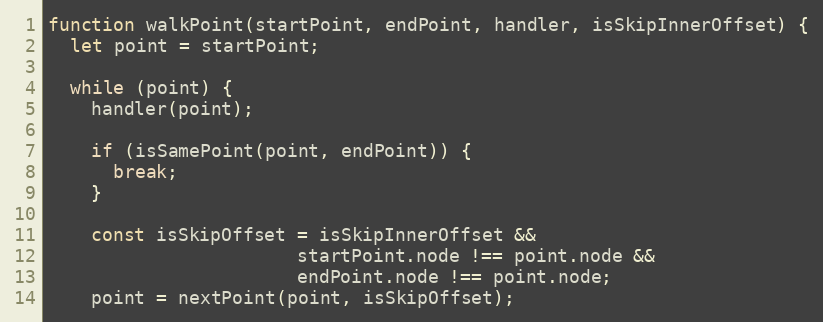
Language: JavaScript
function walkPoint(startPoint, endPoint, handler, isSkipInnerOffset) {
  let point = startPoint;

  while (point) {
    handler(point);

    if (isSamePoint(point, endPoint)) {
      break;
    }

    const isSkipOffset = isSkipInnerOffset &&
                       startPoint.node !== point.node &&
                       endPoint.node !== point.node;
    point = nextPoint(point, isSkipOffset);